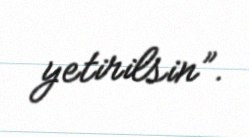
yetirilsin”.